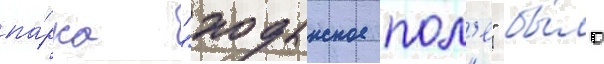
па́рка "ходынское пол'е" бы́ло